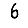
Digit: 6